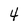
Character: 4